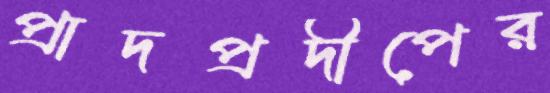
প্রাদপ্রদীপের